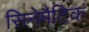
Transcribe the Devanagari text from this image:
सिनेमैटिक